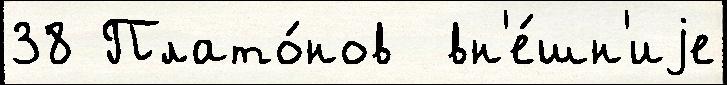
38 Плато́нов  вн'е́шн'иjе